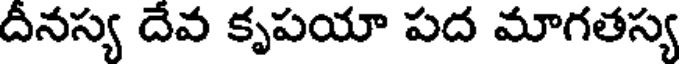
దీనస్య దేవ కృపయా పద మాగతస్య